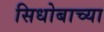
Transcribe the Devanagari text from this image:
सिधोबाच्या